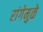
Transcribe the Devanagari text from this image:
रांगेमुळे